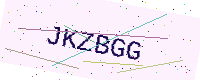
Text: JKZBGG